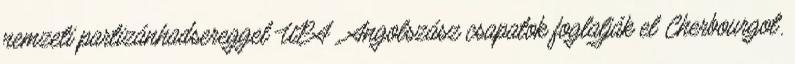
nemzeti partizánhadsereggel UPA . Angolszász csapatok foglalják el Cherbourgot.